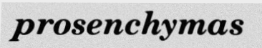
prosenchymas